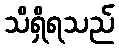
သိရှိရသည်